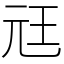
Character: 㒬